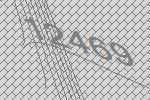
12469